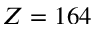
Z = 1 6 4